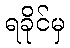
ရခိုင်မှ